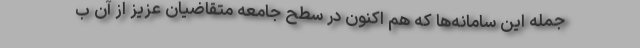
جمله این سامانه‌ها که هم اکنون در سطح جامعه متقاضیان عزیز از آن ب